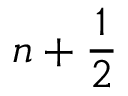
n + \frac { 1 } { 2 }